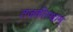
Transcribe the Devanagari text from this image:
तजकीस्थान